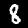
Digit: 8